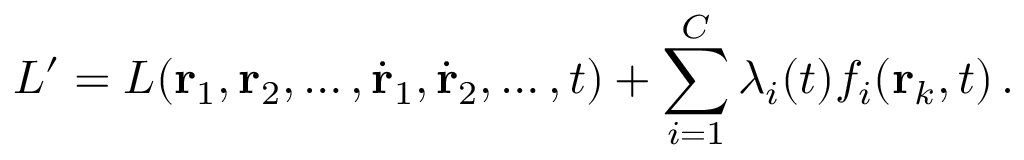
L ^ { \prime } = L ( \mathbf { r } _ { 1 } , \mathbf { r } _ { 2 } , \ldots , { \dot { \mathbf { r } } } _ { 1 } , { \dot { \mathbf { r } } } _ { 2 } , \ldots , t ) + \sum _ { i = 1 } ^ { C } \lambda _ { i } ( t ) f _ { i } ( \mathbf { r } _ { k } , t ) \, .